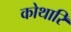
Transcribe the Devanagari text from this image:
कोथारि